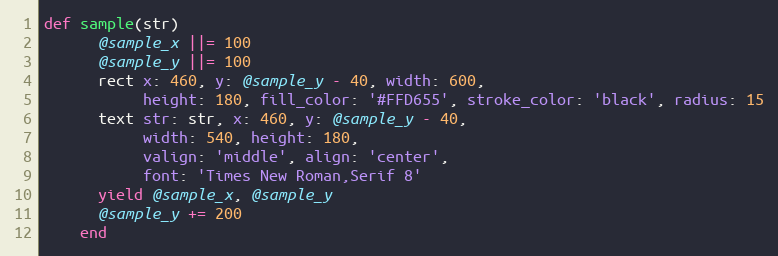
Language: Ruby
def sample(str)
      @sample_x ||= 100
      @sample_y ||= 100
      rect x: 460, y: @sample_y - 40, width: 600,
           height: 180, fill_color: '#FFD655', stroke_color: 'black', radius: 15
      text str: str, x: 460, y: @sample_y - 40,
           width: 540, height: 180,
           valign: 'middle', align: 'center',
           font: 'Times New Roman,Serif 8'
      yield @sample_x, @sample_y
      @sample_y += 200
    end